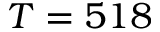
T = 5 1 8